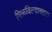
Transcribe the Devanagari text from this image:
मिळविल्याबद्दल